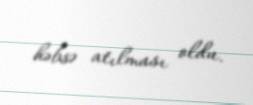
həbsə atılması oldu.